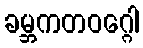
ခမ္ဘကတဝဂ္ဂေါ